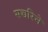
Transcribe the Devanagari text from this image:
सच्चरिने